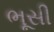
ભૂસી